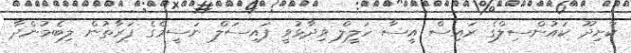
ކާށިދޫ ކައުންސިލްގެ ރައިސް އީސާ ހަލީލް ވިދާޅުވީ ފައިސަލް ނަސީމްގެ ފަރާތުން ލިބެމުންދާ